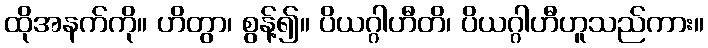
ထိုအနက်ကို။ ဟိတွာ၊ စွန့်၍။ ပိယဂ္ဂါဟီတိ၊ ပိယဂ္ဂါဟီဟူသည်ကား။